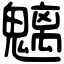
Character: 魑